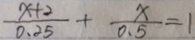
\frac { x + 2 } { 0 . 2 5 } + \frac { x } { 0 . 5 } = 1